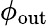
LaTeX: \phi_{\textrm{out}}